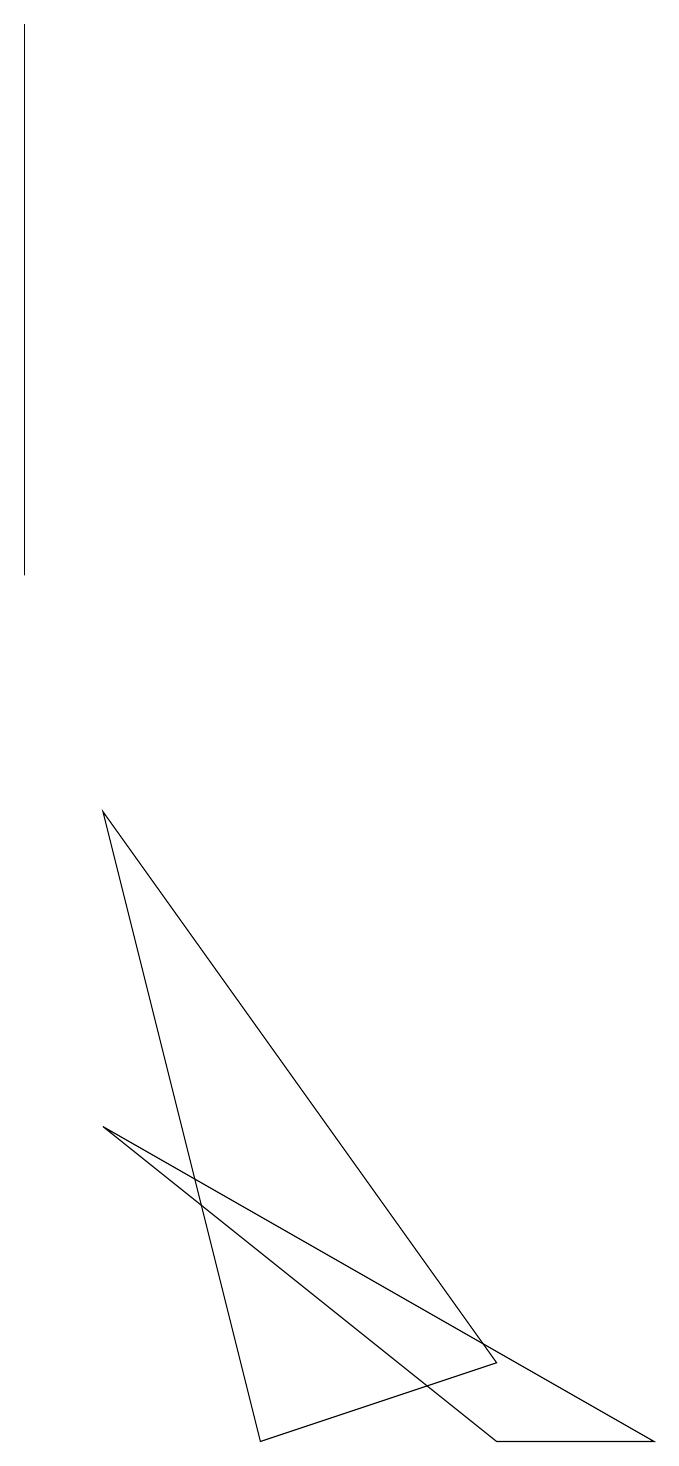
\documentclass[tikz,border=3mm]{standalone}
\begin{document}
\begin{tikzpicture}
\draw (1,19) rectangle (1,12);
\draw (9,1) -- (2,5) -- (7,1) -- cycle;
\draw (7,2) -- (2,9) -- (4,1) -- cycle;
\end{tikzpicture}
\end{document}